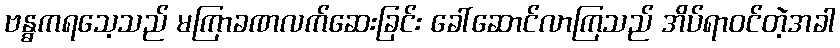
ဗန္ဓကရသေ့သည် မကြာခဏလက်ဆေးခြင်း ခေါ်ဆောင်လာကြသည် အိပ်ရာဝင်တဲ့အခါ